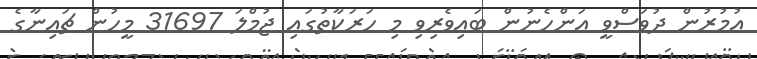
އުމުރުން ދުވަސްވީ އަންހެނުން ބައިވެރިވި މި ހަރަކާތުގައި ޖުމްލަ 31697 މީހުން ޗައިނާގެ